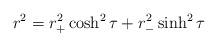
LaTeX: \begin{align*}r^2=r_+^2\cosh^2{\tau}+r_-^2\sinh^2{\tau}\end{align*}